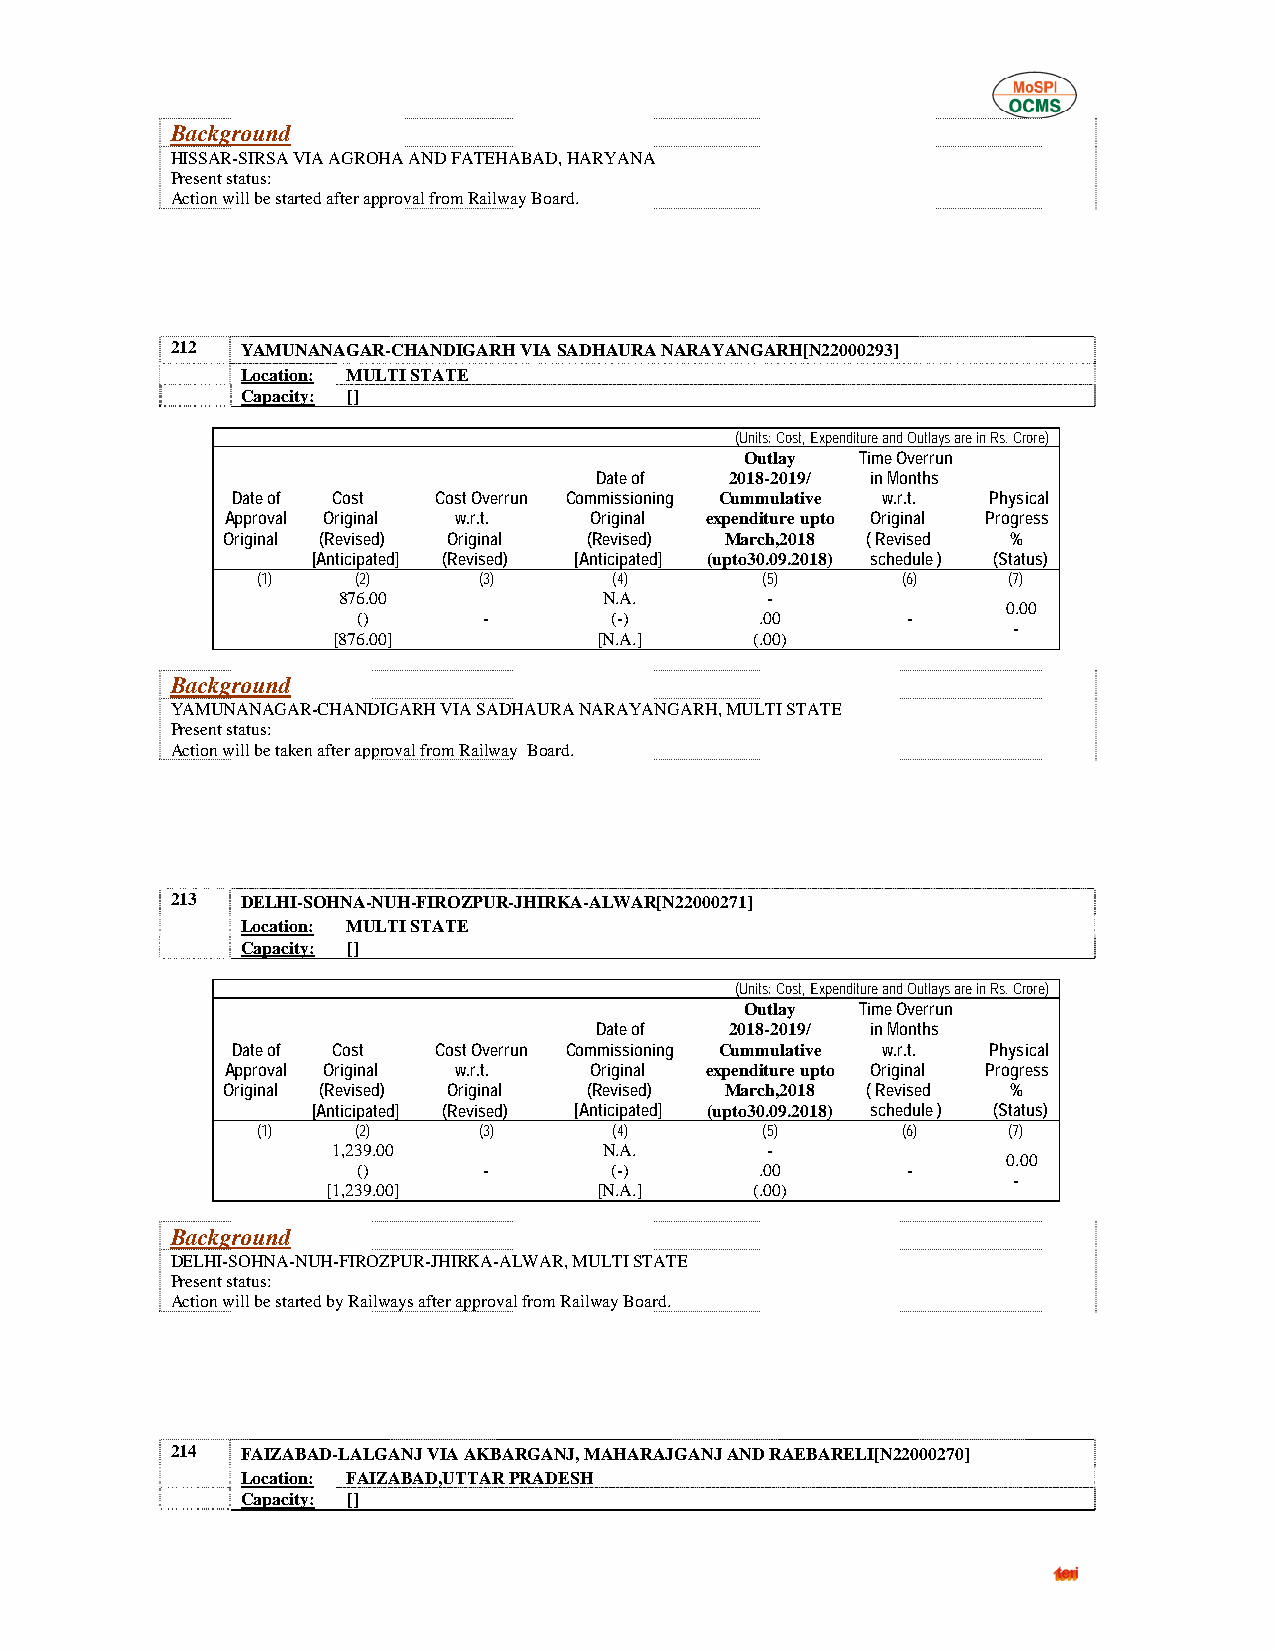
Background
 HISSAR-SIRSA VIA AGROHA AND FATEHABAD, HARYANA
 Present status:
 Action will be started after approval from Railway Board.
 212  YAMUNANAGAR-CHANDIGARH VIA SADHAURA NARAYANGARH[N22000293]
 Location: MULTI STATE
 Capacity: []
 (Units: Cost, Expenditure and Outlays are in Rs. Crore)
 Outlay  Time Overrun
 Date of  2018-2019/ in Months
 Date of Cost  Cost Overrun Commissioning Cummulative w.r.t. Physical
 Approval Original w.r.t. Original expenditure upto Original Progress
 Original (Revised) Original (Revised) March,2018 ( Revised %
 [Anticipated] (Revised) [Anticipated] (upto30.09.2018) schedule ) (Status)
 (1)    (2)     (3)      (4)      (5)       (6)    (7)
 876.00            N.A.       -
 0.00
 ()      -       (-)       .00       -
 -
 [876.00]          [N.A.]    (.00)
 Background
 YAMUNANAGAR-CHANDIGARH VIA SADHAURA NARAYANGARH, MULTI STATE
 Present status:
 Action will be taken after approval from Railway Board.
 213  DELHI-SOHNA-NUH-FIROZPUR-JHIRKA-ALWAR[N22000271]
 Location: MULTI STATE
 Capacity: []
 (Units: Cost, Expenditure and Outlays are in Rs. Crore)
 Outlay  Time Overrun
 Date of  2018-2019/ in Months
 Date of Cost  Cost Overrun Commissioning Cummulative w.r.t. Physical
 Approval Original w.r.t. Original expenditure upto Original Progress
 Original (Revised) Original (Revised) March,2018 ( Revised %
 [Anticipated] (Revised) [Anticipated] (upto30.09.2018) schedule ) (Status)
 (1)    (2)     (3)      (4)      (5)       (6)    (7)
 1,239.00          N.A.       -
 0.00
 ()      -       (-)       .00       -
 -
 [1,239.00]        [N.A.]    (.00)
 Background
 DELHI-SOHNA-NUH-FIROZPUR-JHIRKA-ALWAR, MULTI STATE
 Present status:
 Action will be started by Railways after approval from Railway Board.
 214  FAIZABAD-LALGANJ VIA AKBARGANJ, MAHARAJGANJ AND RAEBARELI[N22000270]
 Location: FAIZABAD,UTTAR PRADESH
 Capacity: []